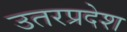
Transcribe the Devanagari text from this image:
उतरप्रदेश